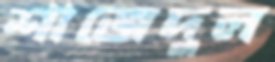
শাজেদুল